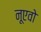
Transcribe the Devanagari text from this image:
नूएवो